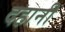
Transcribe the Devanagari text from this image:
दहानी